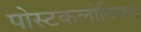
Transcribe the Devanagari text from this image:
पोस्टकलोनियल